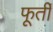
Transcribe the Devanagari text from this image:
फूर्ती